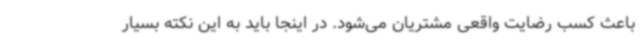
باعث کسب رضایت واقعی مشتریان می‌شود. در اینجا باید به این نکته بسیار